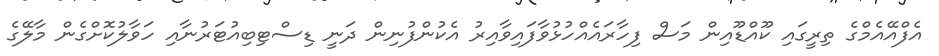
އެފްއޭއެމްގެ ތިރީގައި ކޫއްޑޫއިން މަސް ފިހާރައެއްހުޅުވާފައިވާއިރު އެކުންފުނިން ދަނީ ޑިސްޓިބިއުޓަރުނާއި ހަވާލުކޮށްގެން މާލޭގެ